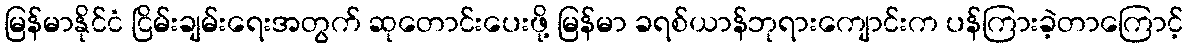
မြန်မာနိုင်ငံ ငြိမ်းချမ်းရေးအတွက် ဆုတောင်းပေးဖို့ မြန်မာ ခရစ်ယာန်ဘုရားကျောင်းက ပန်ကြားခဲ့တာကြောင့်